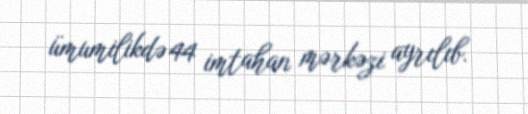
ümumilikdə 44 imtahan mərkəzi ayrılıb.